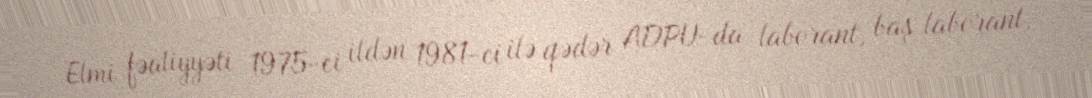
Elmi fəaliyyəti 1975-ci ildən 1981-ci ilə qədər ADPU-da laborant, baş laborant,